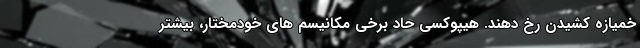
خمیازه کشیدن رخ دهند. هیپوکسی حاد برخی مکانیسم های خودمختار، بیشتر